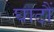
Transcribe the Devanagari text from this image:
घाटौं